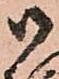
御